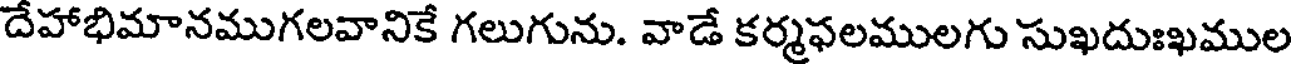
దేహాభిమానముగలవానికే గలుగును. వాడే కర్మఫలములగు సుఖదుఃఖముల